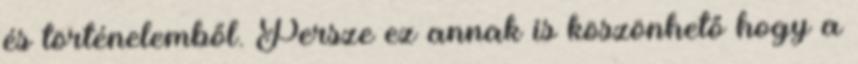
és történelemből. Persze ez annak is köszönhető hogy a